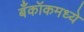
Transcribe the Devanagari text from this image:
बँकॉकमध्ये